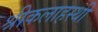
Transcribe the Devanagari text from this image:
श्रीकलाहस्थी